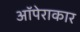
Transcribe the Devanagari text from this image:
ऑपेराकार